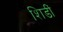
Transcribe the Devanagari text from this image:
शिडीं